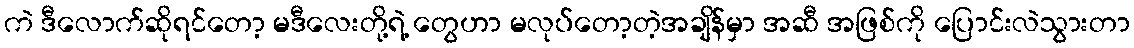
ကဲ ဒီလောက်ဆိုရင်တော့ မဒီလေးတို့ရဲ့ တွေဟာ မလုပ်တော့တဲ့အချိန်မှာ အဆီ အဖြစ်ကို ပြောင်းလဲသွားတာ